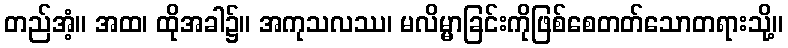
တည်အံ့။ အထ၊ ထိုအခါ၌။ အကုသလဿ၊ မလိမ္မာခြင်းကိုဖြစ်စေတတ်သောတရားသို့။